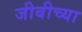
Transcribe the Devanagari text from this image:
जीबीच्या